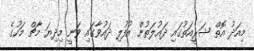
މިއަދު އޮތް ޝަރީއަތުގައި ދައުލަތުން އުފުލި ދައުވާގައި ވަނީ މިދިޔަ މާޗް މަހުގެ